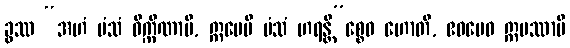
ခွဿ “အဟံ မံသံ ဝိက္ကိဏာမိ, ဣမေပိ မံသံ ဟရန္တိ”စ္စေဝ ဟောတိ, ဧဝမေဝ ဣမဿာပိ